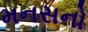
મનસનો